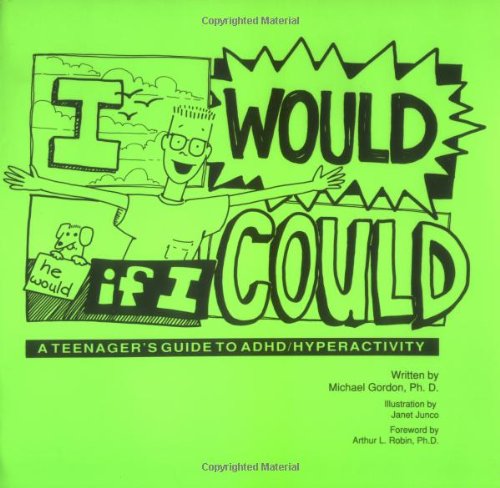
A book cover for I Would If I Could: A Teenager's Guide to ADHD/Hyperactivity; Michael Gordon; Parenting & Relationships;